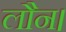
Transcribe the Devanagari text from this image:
लौन।